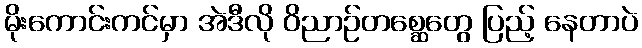
မိုးကောင်းကင်မှာ အဲဒီလို ဝိညာဉ်တစ္ဆေတွေ ပြည့် နေတာပဲ